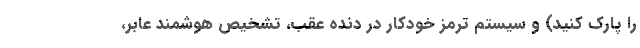
را پارک کنید) و سیستم ترمز خودکار در دنده عقب، تشخیص هوشمند عابر،